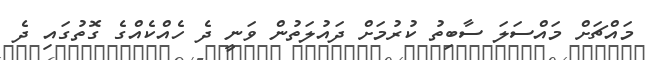
މައްޗަށް މައްސަލަ ސާބިތު ކުރުމަށް ދައުލަތުން ވަނީ ދެ ހެއްކެއްގެ ގޮތުގައި ދެ